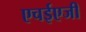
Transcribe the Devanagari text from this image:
एचईएजी